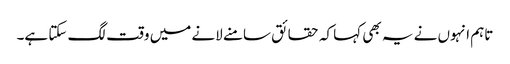
تاہم انہوں نے یہ بھی کہا کہ حقائق سامنے لانے میں وقت لگ سکتا ہے۔